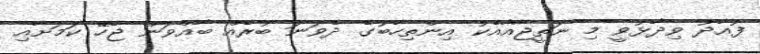
ފުއާދު ވިދާޅުވީ މި ނަތީޖާއާއެކު އިންތިހާބުގެ ދެވަނަ ބުރެއް ބާއްވަން ޖެހޭ ކަމަށާއި